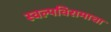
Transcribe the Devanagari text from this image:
स्वल्पविरामाचा